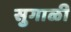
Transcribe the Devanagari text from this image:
सुगाळी